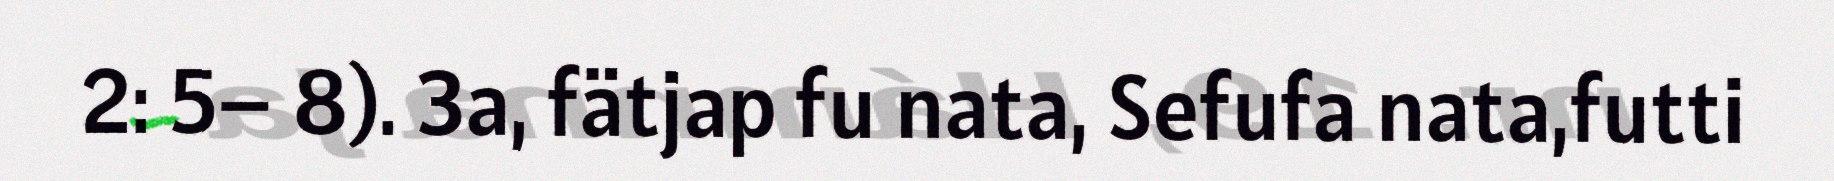
2: 5– 8). 3a, fätjap fu nata, Sefufa nata,futti